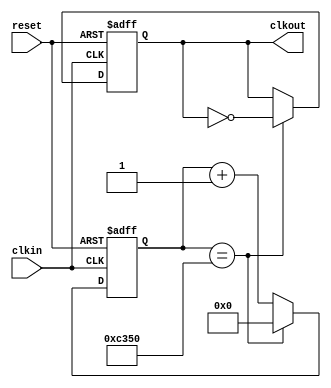
module clk_divider(clkin, reset, clkout);

//inputs and outputs
input clkin,reset;
output clkout;

reg [15:0] count; //a reg of 16 bits is needed to count to 50,000
reg clkout; 

//wires for clkin and reset
wire clkin,reset;

//if posedge of the clk happens or the posedge of reset
always @(posedge clkin or posedge reset)
begin
    if(reset)
        begin
            count <= 0;
            clkout <=1'b0;
        end
            
    else if(count == 50000) //50,000 used to get to a 1 KHz clk
        begin
            count <= 0;
            clkout <= ~clkout; //toggle clk out
        end
    else
        count <= (count + 1);
 end
    
endmodule